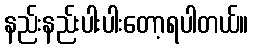
နည်းနည်းပါးပါးတော့ရပါတယ်။